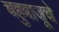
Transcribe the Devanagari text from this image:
चहुबाजूचे